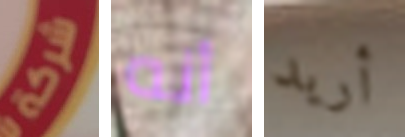
شركة أنه أريد